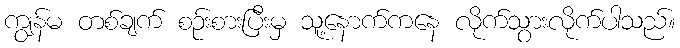
ကျွန်မ တစ်ချက် စဉ်းစားပြီးမှ သူ့နောက်ကနေ လိုက်သွားလိုက်ပါသည်။